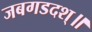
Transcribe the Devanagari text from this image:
जबगडदश्॥